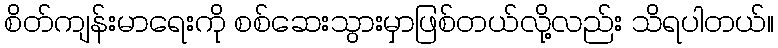
စိတ်ကျန်းမာရေးကို စစ်ဆေးသွားမှာဖြစ်တယ်လို့လည်း သိရပါတယ်။